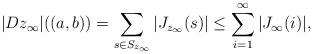
LaTeX: \begin{align*}|Dz_{\infty}|((a,b))=\sum_{s\in S_{z_{\infty}}}|J_{z_{\infty}}(s)|\leq\sum_{i=1}^{\infty}|J_{\infty}(i)|,\end{align*}